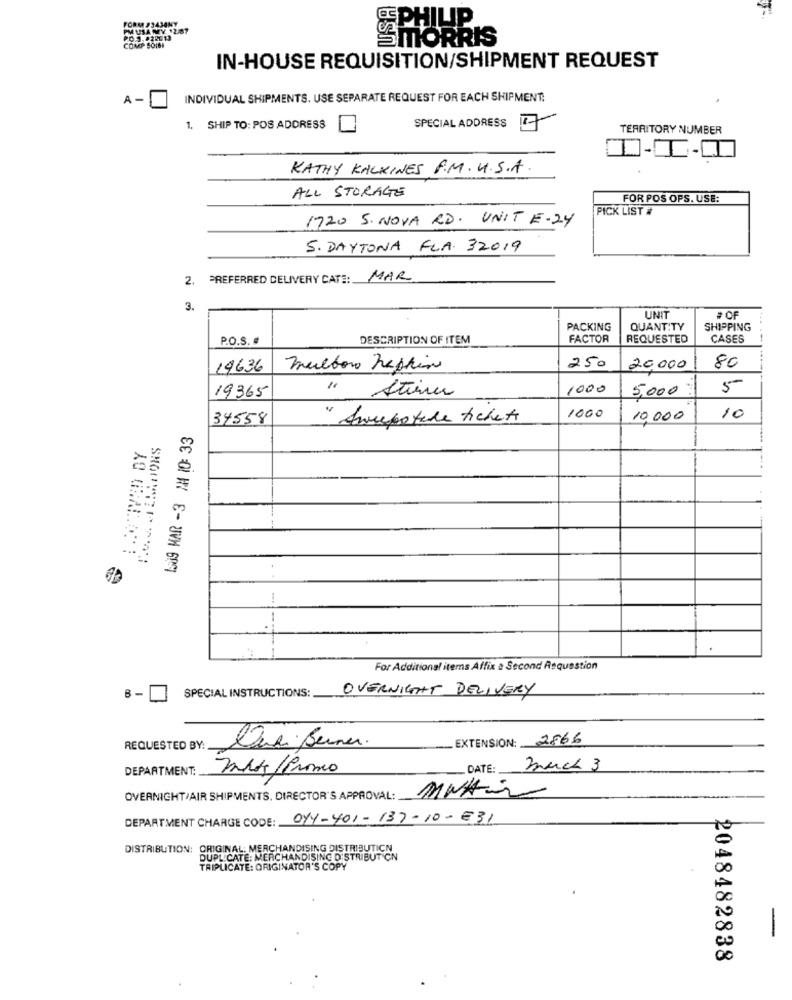
FORM #3434MY
PM USA MY 12/87
₱O.J.#22013
SMORRIS
COMP SOIS!
IN-HOUSE REQUISITION/SHIPMENT REQUEST
A -
INDIVIDUAL SHIPMENTS. USE SEPARATE REQUEST FOR EACH SHIPMENT.
SPECIAL ADDRESS
1. SHIP TO: POS ADDRESS
TERRITORY NUMBER
KATHY KALKINES P.M. U.S.A.
ALL STORAGE
FOR POS OPS. USE:
PICK LIST #
1720 S. NOVA RD. UNIT E- 24
S. DAYTONA FLA. 32019
2.
PREFERRED DELIVERY DATE: MAR
3.
UNIT
# OF
PACKING
QUANTITY
SHIPPING
P.O.S. #
DESCRIPTION OF ITEM
FACTOR
REQUESTED
CASES
19636
mulbono hephin
250
20.000
80
19365
Atinu
1000
5,000
5
1000
34558
" Anceportale ticket
10.000
10
1509 MAR -3 7H 10: 33
SHOOTSTI TOS
-.
For Additional items Affix & Second Requestion
SPECIAL INSTRUCTIONS:
OVERNIGHT DELIVERY
8-
EXTENSION: 2866
REQUESTED BY:
Quei Seiner.
DEPARTMENT:
muss/Promo
DATE:
much 3
OVERNIGHT/AIR SHIPMENTS, DIRECTOR'S APPROVAL: MNAZ
DEPARTMENT CHARGE CODE: 014-401-137-10-631
DISTRIBUTION: ORIGINAL: MERCHANDISING DISTRIBUTICN
DUPL CATE: MERCHANDISING DISTRIBUT ON
TRIPLICATE: ORIGINATOR'S COPY
-
2048482838